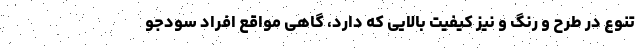
تنوع در طرح و رنگ و نیز کیفیت بالایی که دارد، گاهی مواقع افراد سودجو